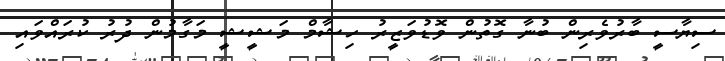
ސިޔާސީ ބާރުވެރިން ބުނާ ގޮތުން ވޮޑުވަޒީރު ހިޝާމް މަޝީޝީ މަގާމުން ދުރު ކުރައްވައި